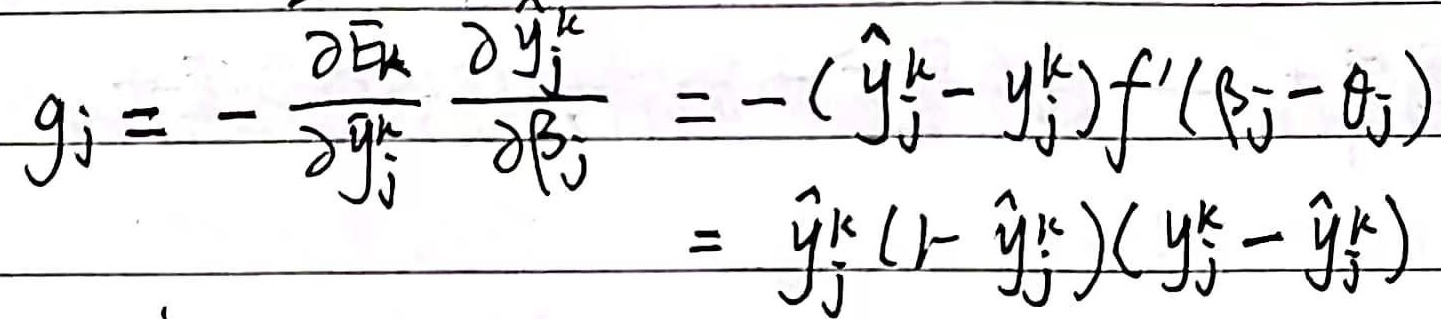
\[g_{j}=-\frac{\partial E_{k}}{\partial \hat{y}_{j}^{k}}\frac{\partial \hat{y}_{j}^{k}}{\partial \beta_{j}}=-(\hat{y}_{j}^{k}-y_{j}^{k})f'(\beta_{j}-\theta_{j})=\hat{y}_{j}^{k}(1 - \hat{y}_{j}^{k})(y_{j}^{k}-\hat{y}_{j}^{k})\]